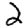
Digit: 2